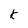
Character: k